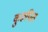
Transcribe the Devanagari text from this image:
कुरूपित